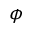
\phi